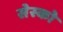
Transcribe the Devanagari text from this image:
सेस्को